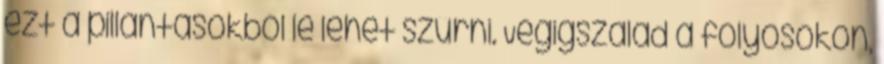
ezt a pillantásokból le lehet szűrni. Végigszalad a folyosókon,